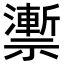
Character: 𥜙